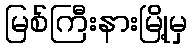
မြစ်ကြီးနားမြို့မှ